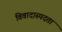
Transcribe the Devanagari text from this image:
विवादास्पदता